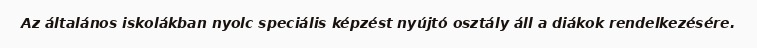
Az általános iskolákban nyolc speciális képzést nyújtó osztály áll a diákok rendelkezésére.